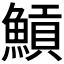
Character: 𩹸